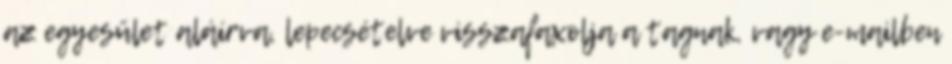
az egyesület aláírva, lepecsételve visszafaxolja a tagnak, vagy e-mailben